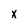
Character: X